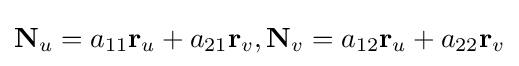
\mathbf {N} _{u}=a_{11}\mathbf {r} _{u}+a_{21}\mathbf {r} _{v},\mathbf {N} _{v}=a_{12}\mathbf {r} _{u}+a_{22}\mathbf {r} _{v}